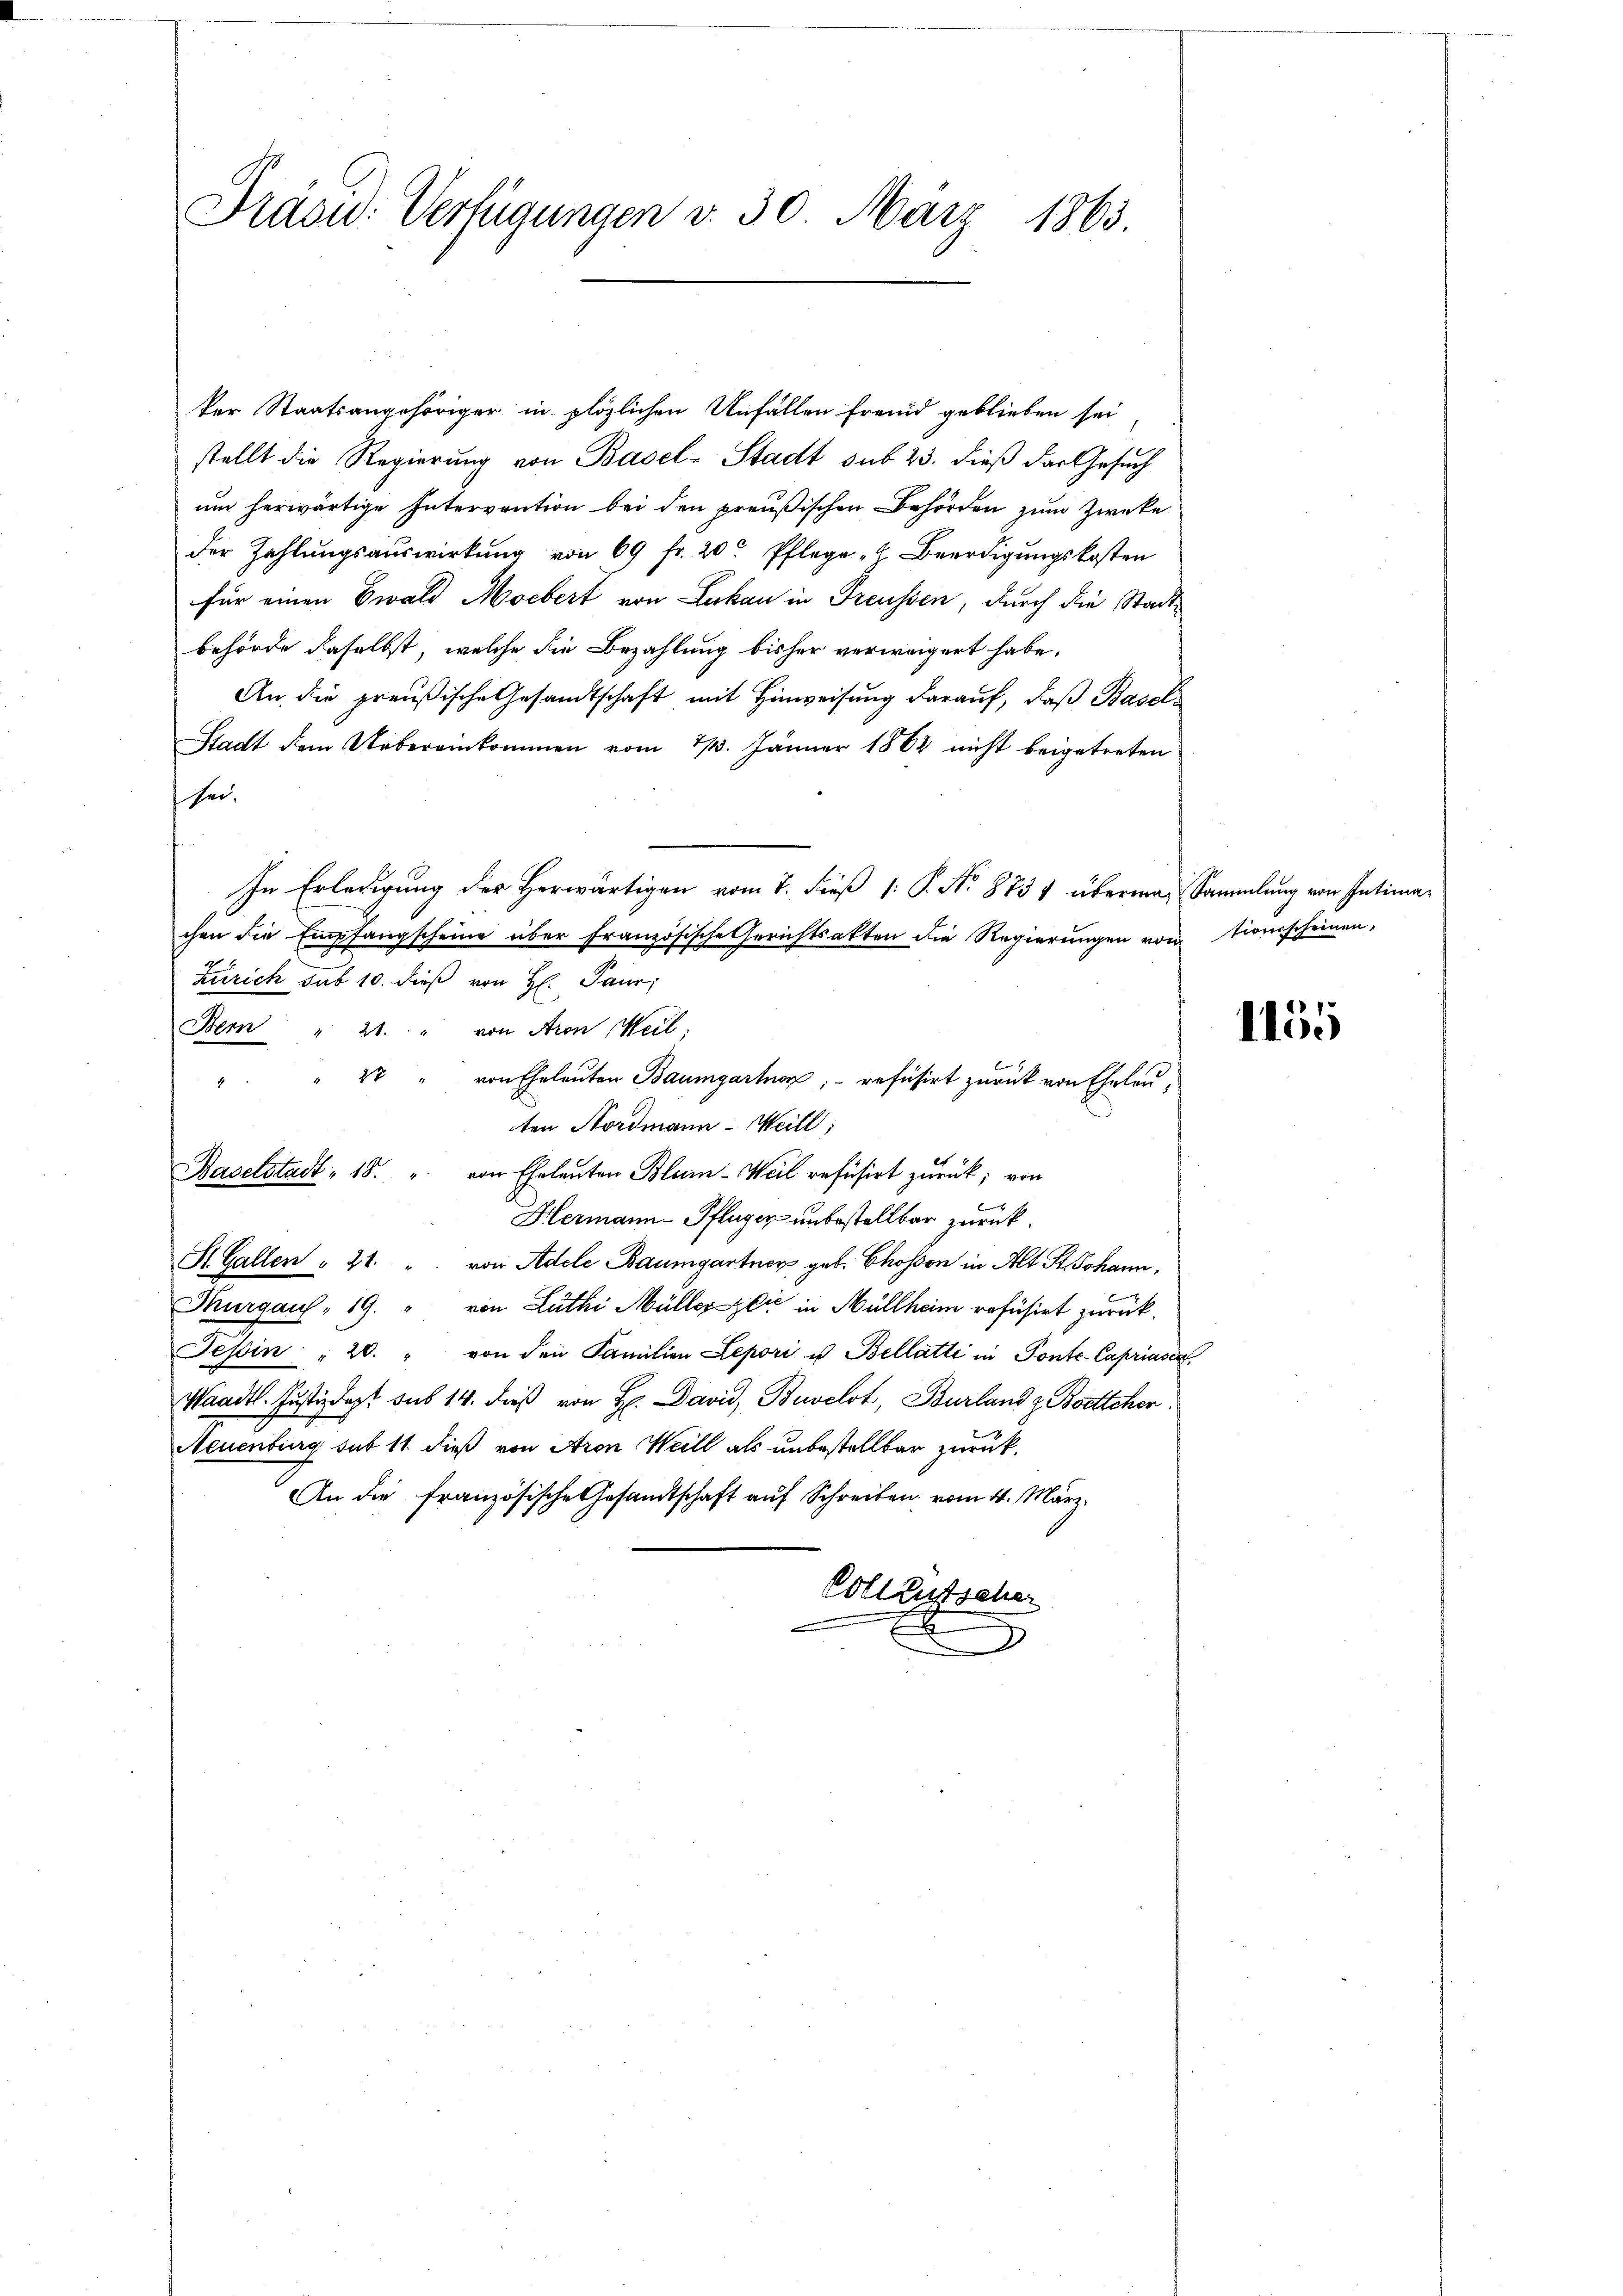
Präsu: Verfügungen v. 30. März 1863.

ker Staatsangehöriger in plözlichen Unfällen Fremd geblieben sei
stellt die Regierŭng von Basel-Stadt sub 23. dieß der Gesuch
um herwärtige Intervention bei den preußischen Behörden zum Zwecke
der Zahlŭngsauswirkŭng von 69 fr. 20 Pflege & Beerdigŭngskosten
für einen Ewald Moebert von Lukan in Freussen, durch die Stadtbehörde daselbst, welche die Bezahlung bisher verweigert habe.
An die preußische Gesandtschaft mit Hinweisung darauf, daß Basel¬
Stadt dem Uebereinkommen vom 2/3. Jänner 1862 nicht beigetreten
sei.
In Erledigung der Herwärtigen vom 7. dieß 1: P. No 8731 überma-Sammlung von Intimachen die Empfangscheine über französische Gerichtsakten die Regierŭngen von tionsscheinen,
Zürich sub 10. dieß von H. Paur,
Bern " 21. " von Aron Weil,
" " 2 " von Eheleŭten Baumgartner; - refüsirt zurück von Eheleuten Nordmann - Weill
Baselstadt 18. " von Eheleuten Blum-Weil refüsirt zŭrück; von
Hermann-Pfluger unbestellbar zurück.
St. Gallen " 21. " von Adele Baumgartner geb. Chosson in Alt St. Johann,
Thurgau, 19. " von Luthi Müllerzeit in Müllheim refüsirt zurück¬
Tessin " 20. " von den Familien Lepori u Bellatti in Ponte-Capriasen
Waadt. Justizdept sub 14. dieß von H. David, Buvelot, Burland z. Bostlcher
Neuenburg sub 11 dieß von Aron Weill als unbestellbar zurück¬
An die französische Gesandtschaft auf Schreiben vom 4. März.
Vollzustscher
3

1155